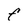
Character: F